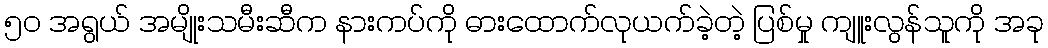
၅၀ အရွယ် အမျိုးသမီးဆီက နားကပ်ကို ဓားထောက်လုယက်ခဲ့တဲ့ ပြစ်မှု ကျူးလွန်သူကို အခု